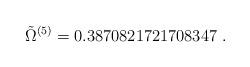
LaTeX: \begin{align*}\tilde\Omega^{(5)}=0.3870821721708347\ .\end{align*}